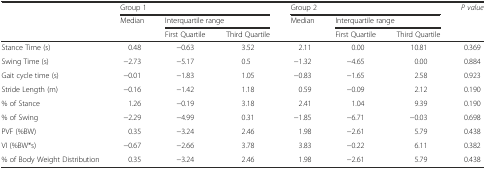
|  | <COLSPAN=3> Group 1 | <COLSPAN=3> Group 2 | P value |
 |  | Median | <COLSPAN=2> Interquartile range | Median | <COLSPAN=2> Interquartile range |  |
 |  |  | First Quartile | Third Quartile |  | First Quartile | Third Quartile |  |
 | --- | --- | --- | --- | --- | --- | --- | --- |
 | Stance Time (s) | 0.48 | −0.63 | 3.52 | 2.11 | 0.00 | 10.81 | 0.369 |
 | Swing Time (s) | −2.73 | −5.17 | 0.5 | −1.32 | −4.65 | 0.00 | 0.884 |
 | Gait cycle time (s) | −0.01 | −1.83 | 1.05 | −0.83 | −1.65 | 2.58 | 0.923 |
 | Stride Length (m) | −0.16 | −1.42 | 1.18 | 0.59 | −0.09 | 2.12 | 0.190 |
 | % of Stance | 1.26 | −0.19 | 3.18 | 2.41 | 1.04 | 9.39 | 0.190 |
 | % of Swing | −2.29 | −4.99 | 0.31 | −1.85 | −6.71 | −0.03 | 0.698 |
 | PVF (%BW) | 0.35 | −3.24 | 2.46 | 1.98 | −2.61 | 5.79 | 0.438 |
 | VI (%BW*s) | −0.67 | −2.66 | 3.78 | 3.83 | −0.22 | 6.11 | 0.382 |
 | % of Body Weight Distribution | 0.35 | −3.24 | 2.46 | 1.98 | −2.61 | 5.79 | 0.438 |